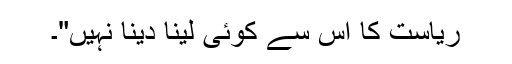
ریاست کا اس سے کوئی لینا دینا نہیں"۔